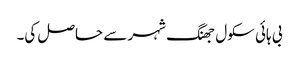
بی ہائی سکول جھنگ شہر سے حاصل کی۔